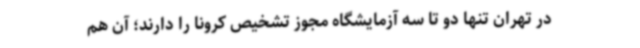
در تهران تنها دو تا سه آزمایشگاه مجوز تشخیص کرونا را دارند؛ آن ‌هم